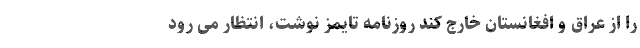
را از عراق و افغانستان خارج کند روزنامه تایمز نوشت، انتظار می رود